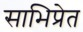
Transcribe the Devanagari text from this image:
साभिप्रेत